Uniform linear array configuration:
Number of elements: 12
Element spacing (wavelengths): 1
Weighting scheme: exponential
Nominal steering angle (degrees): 0
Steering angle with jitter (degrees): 0.4423
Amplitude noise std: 0.05
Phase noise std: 0.05

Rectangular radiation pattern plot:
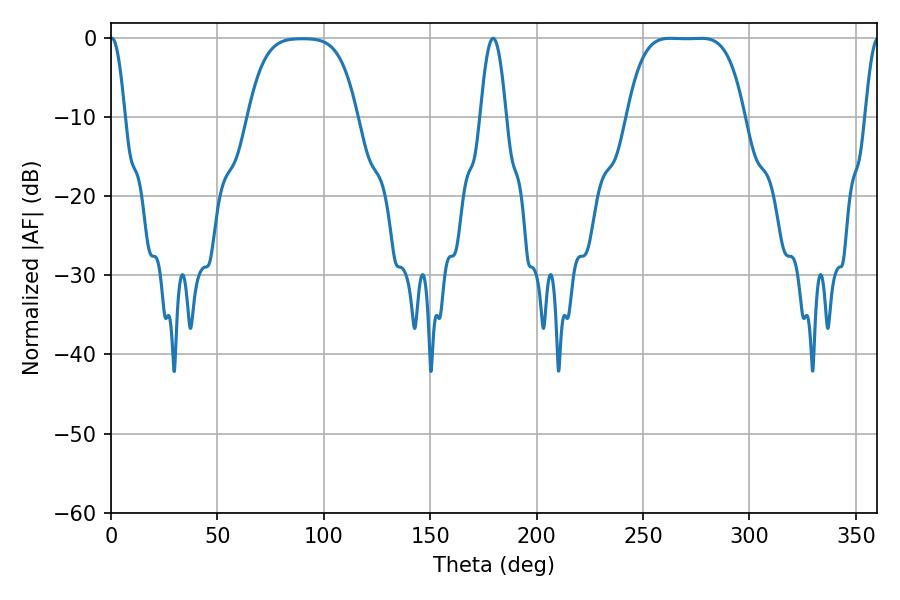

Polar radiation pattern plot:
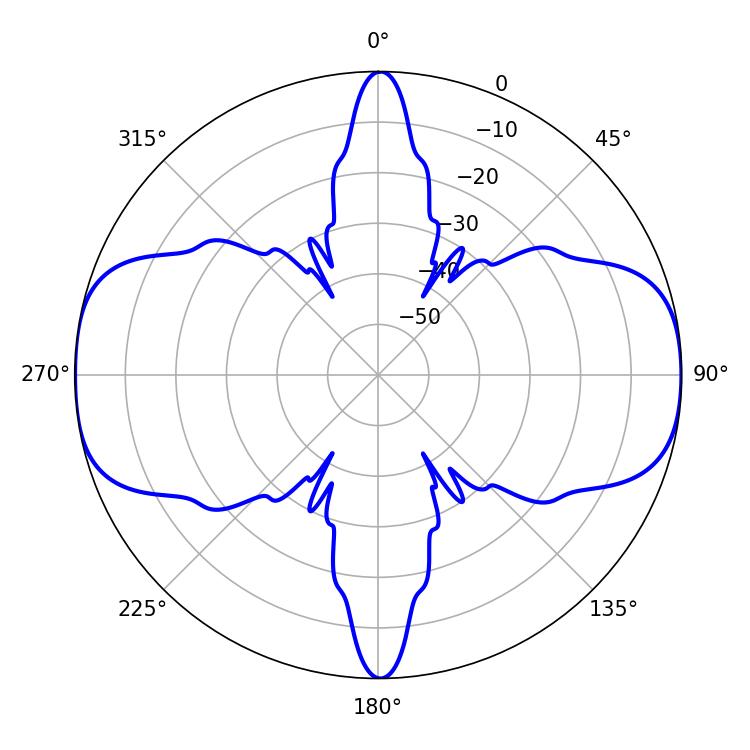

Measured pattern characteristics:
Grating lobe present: TRUE
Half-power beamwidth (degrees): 41.76
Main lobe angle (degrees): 262.8